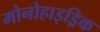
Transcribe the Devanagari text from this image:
मोनोहाइड्रिक